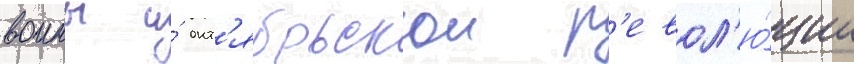
воины и́ окт'ябрьскои р'евол'ю́ции